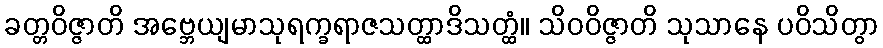
ခတ္တဝိဇ္ဇာတိ အဗ္ဘေယျမာသုရက္ခရာဇသတ္ထာဒိသတ္ထံ။ သိဝဝိဇ္ဇာတိ သုသာနေ ပဝိသိတွာ